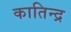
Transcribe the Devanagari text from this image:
कातिन्द्र